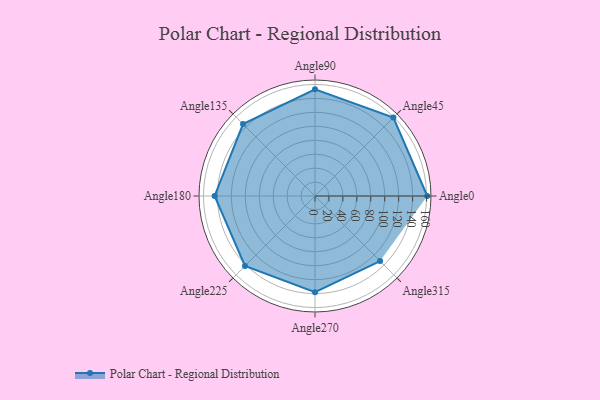
{"axis": {"x": "Angle", "y": "Radius"}, "legend": [""], "data": [{"x": "Angle0", "y": 161.0, "type": ""}, {"x": "Angle45", "y": 159.0, "type": ""}, {"x": "Angle90", "y": 153.0, "type": ""}, {"x": "Angle135", "y": 146.0, "type": ""}, {"x": "Angle180", "y": 144.0, "type": ""}, {"x": "Angle225", "y": 142.0, "type": ""}, {"x": "Angle270", "y": 138.0, "type": ""}, {"x": "Angle315", "y": 132.0, "type": ""}]}